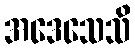
အဒေသေသိ